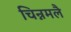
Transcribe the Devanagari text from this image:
चिन्नमलै